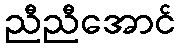
ညီညီအောင်